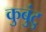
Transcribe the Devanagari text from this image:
कुबुंटु